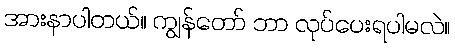
အားနာပါတယ်။ ကျွန်တော် ဘာ လုပ်ပေးရပါမလဲ။